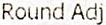
ROUND ADJ